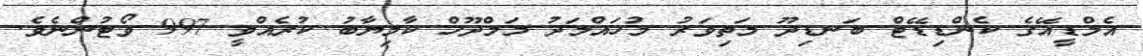
އެމްޑީއޭގެ ކެންޑިޑޭޓް ބަނޑިދޫ މަތިވަރު މުހައްމަދު މަމްދޫހް ކާމިޔާބު ކުރެއްވީ 997 ވޯޓުންނެވެ.